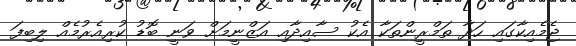
ޖެމެއިކާގައި ހަދާ ތަމްރީންތަކާ އެކު ސާއިދާއި އަޒްނީމަށް ވަނީ ބޮޑު ކުރިއެރުމެއް ލިބިފަ